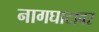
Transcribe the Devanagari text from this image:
नागघाटावर